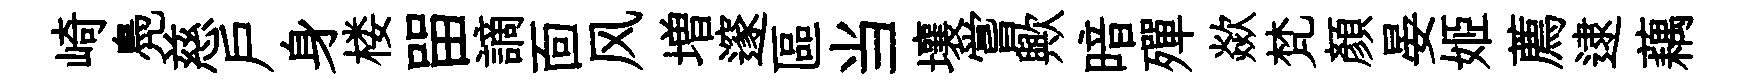
崎鳧慈戸身楼㽞謫靣风増邃區当壤嘗歟暗殫歘梵顏晏姬薦逮藕